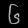
Digit: ၆